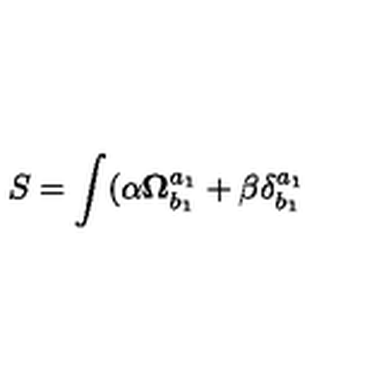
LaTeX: S = \int ( \alpha \mathbf { \Omega } _ { b _ { 1 } } ^ { a _ { 1 } } + \beta \delta _ { b _ { 1 } } ^ { a _ { 1 } }